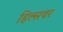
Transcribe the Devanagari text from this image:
हिल्सवर